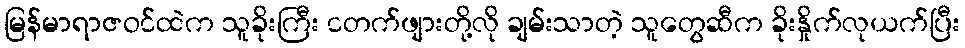
မြန်မာရာဇဝင်ထဲက သူခိုးကြီး ငတက်ဖျားတို့လို ချမ်းသာတဲ့ သူတွေဆီက ခိုးနှိုက်လုယက်ပြီး